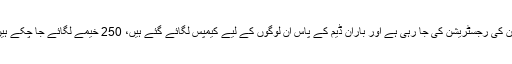
’’62 ہزار لوگ ابھی تک ہم نے رجسٹر کیے ہیں، سید گئی چیک پوسٹ کے قریب ان کی رجسٹریشن کی جا رہی ہے اور باران ڈیم کے پاس ان لوگوں کے لیے کیمپس لگائے گئے ہیں، 250 خیمے لگائے جا چکے ہیں اور مزید ضروریات زندگی بھی فراہم کرنے کے لیے انتظامات کیے جارہے ہیں۔